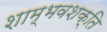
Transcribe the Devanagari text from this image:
शाम्भवशक्ति